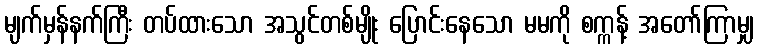
မျက်မှန်နက်ကြီး တပ်ထားသော အသွင်တစ်မျိုး ပြောင်းနေသော မမကို စက္ကန့် အတော်ကြာမျှ